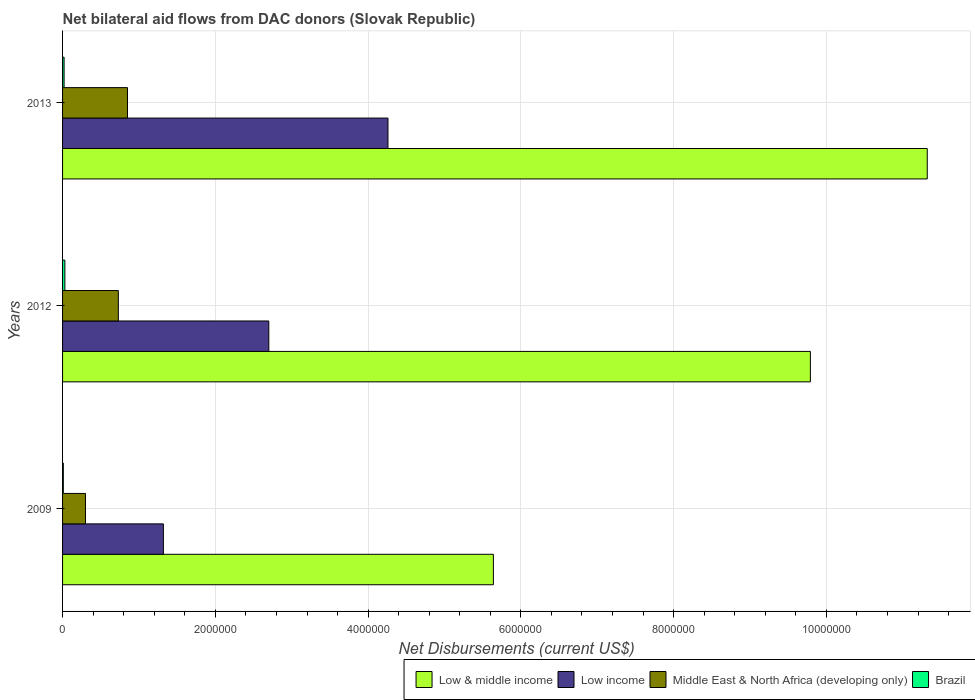
| Years | Low & middle income | Low income | Middle East & North Africa (developing only) | Brazil |
 | --- | --- | --- | --- | --- |
 | 2009 | 5.64e+06 | 1.32e+06 | 3e+05 | 1e+04 |
 | 2012 | 9.79e+06 | 2.7e+06 | 7.3e+05 | 3e+04 |
 | 2013 | 1.13e+07 | 4.26e+06 | 8.5e+05 | 2e+04 |